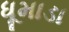
ધૂમાડા